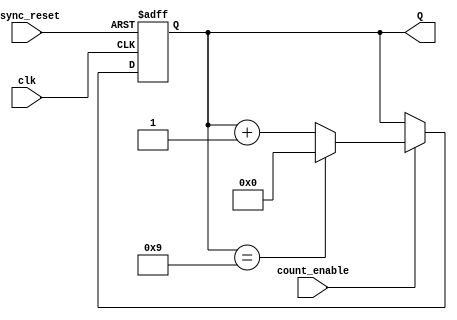
module BCD_Asynchronous_Counter (
    input wire clk,               // Clock input
    input wire count_enable,      // Count enable signal
    input wire async_reset,       // Asynchronous reset signal
    output reg [3:0] Q            // 4-bit output representing BCD value
);

    // Always block for the counter functionality
    always @(posedge clk or posedge async_reset) begin
        if (async_reset) begin
            Q <= 4'b0000; // Reset the counter to 0000
        end else if (count_enable) begin
            if (Q == 4'b1001) begin
                Q <= 4'b0000; // Reset to 0000 if the counter reaches 1010
            end else begin
                Q <= Q + 1; // Increment the counter
            end
        end
    end

endmodule